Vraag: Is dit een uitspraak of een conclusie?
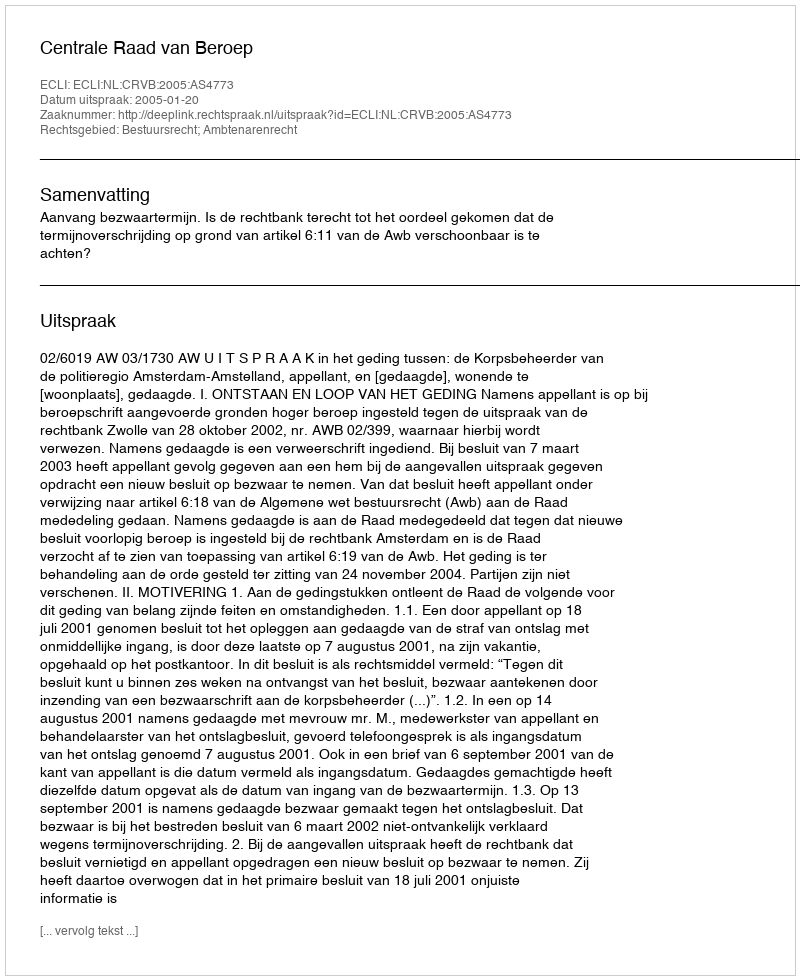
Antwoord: Uitspraak